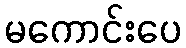
မကောင်းပေ